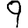
Digit: 9